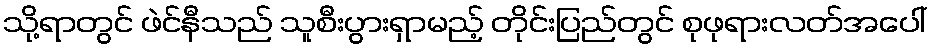
သို့ရာတွင် ဖဲင်နီသည် သူစီးပွားရှာမည့် တိုင်းပြည်တွင် စုဖုရားလတ်အပေါ်